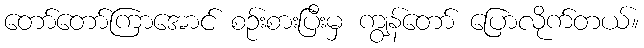
တော်တော်ကြာအောင် စဉ်းစားပြီးမှ ကျွန်တော် ပြောလိုက်တယ်။